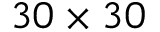
3 0 \times 3 0